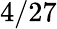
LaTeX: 4/27